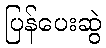
ပြန်ပေးဆွဲ